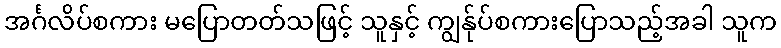
အင်္ဂလိပ်စကား မပြောတတ်သဖြင့် သူနှင့် ကျွန်ုပ်စကားပြောသည့်အခါ သူက